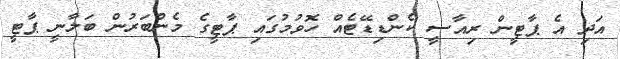
އަދި އެ ޕާޓީން ރިއާސީ ކެންޑިޑޭޓެއް ހޮވުމުގައި ޕާޓީގެ މެންބަރުން ބަލާނީ ޕާޓީ